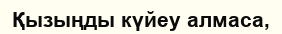
Қызыңды күйеу алмаса,